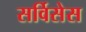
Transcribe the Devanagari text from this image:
सर्विसेस